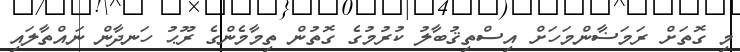
މި ގޮތަށް ރަމަޟާންމަހަށް އިސްތިޤުބާލު ކުރުމުގެ ގޮތުން ތިމާމެންގެ ރޫޙު ހަނދާން ނައްތާލައި